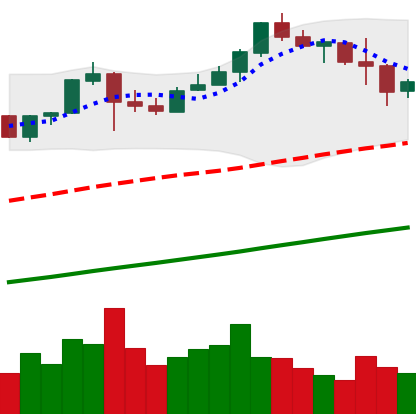
Ticker: BNB-USD
Chart end date: 2019-06-28
Forward return: -5.448%
Label: down_5_7